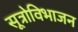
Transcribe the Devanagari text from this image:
सूत्रोविभाजन